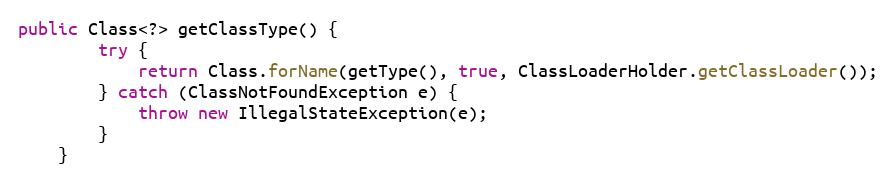
Language: Java
public Class<?> getClassType() {
        try {
            return Class.forName(getType(), true, ClassLoaderHolder.getClassLoader());
        } catch (ClassNotFoundException e) {
            throw new IllegalStateException(e);
        }
    }